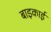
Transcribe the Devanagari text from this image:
बाइकाई